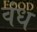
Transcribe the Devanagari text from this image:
वंध